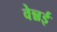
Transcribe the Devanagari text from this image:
वेन्नई